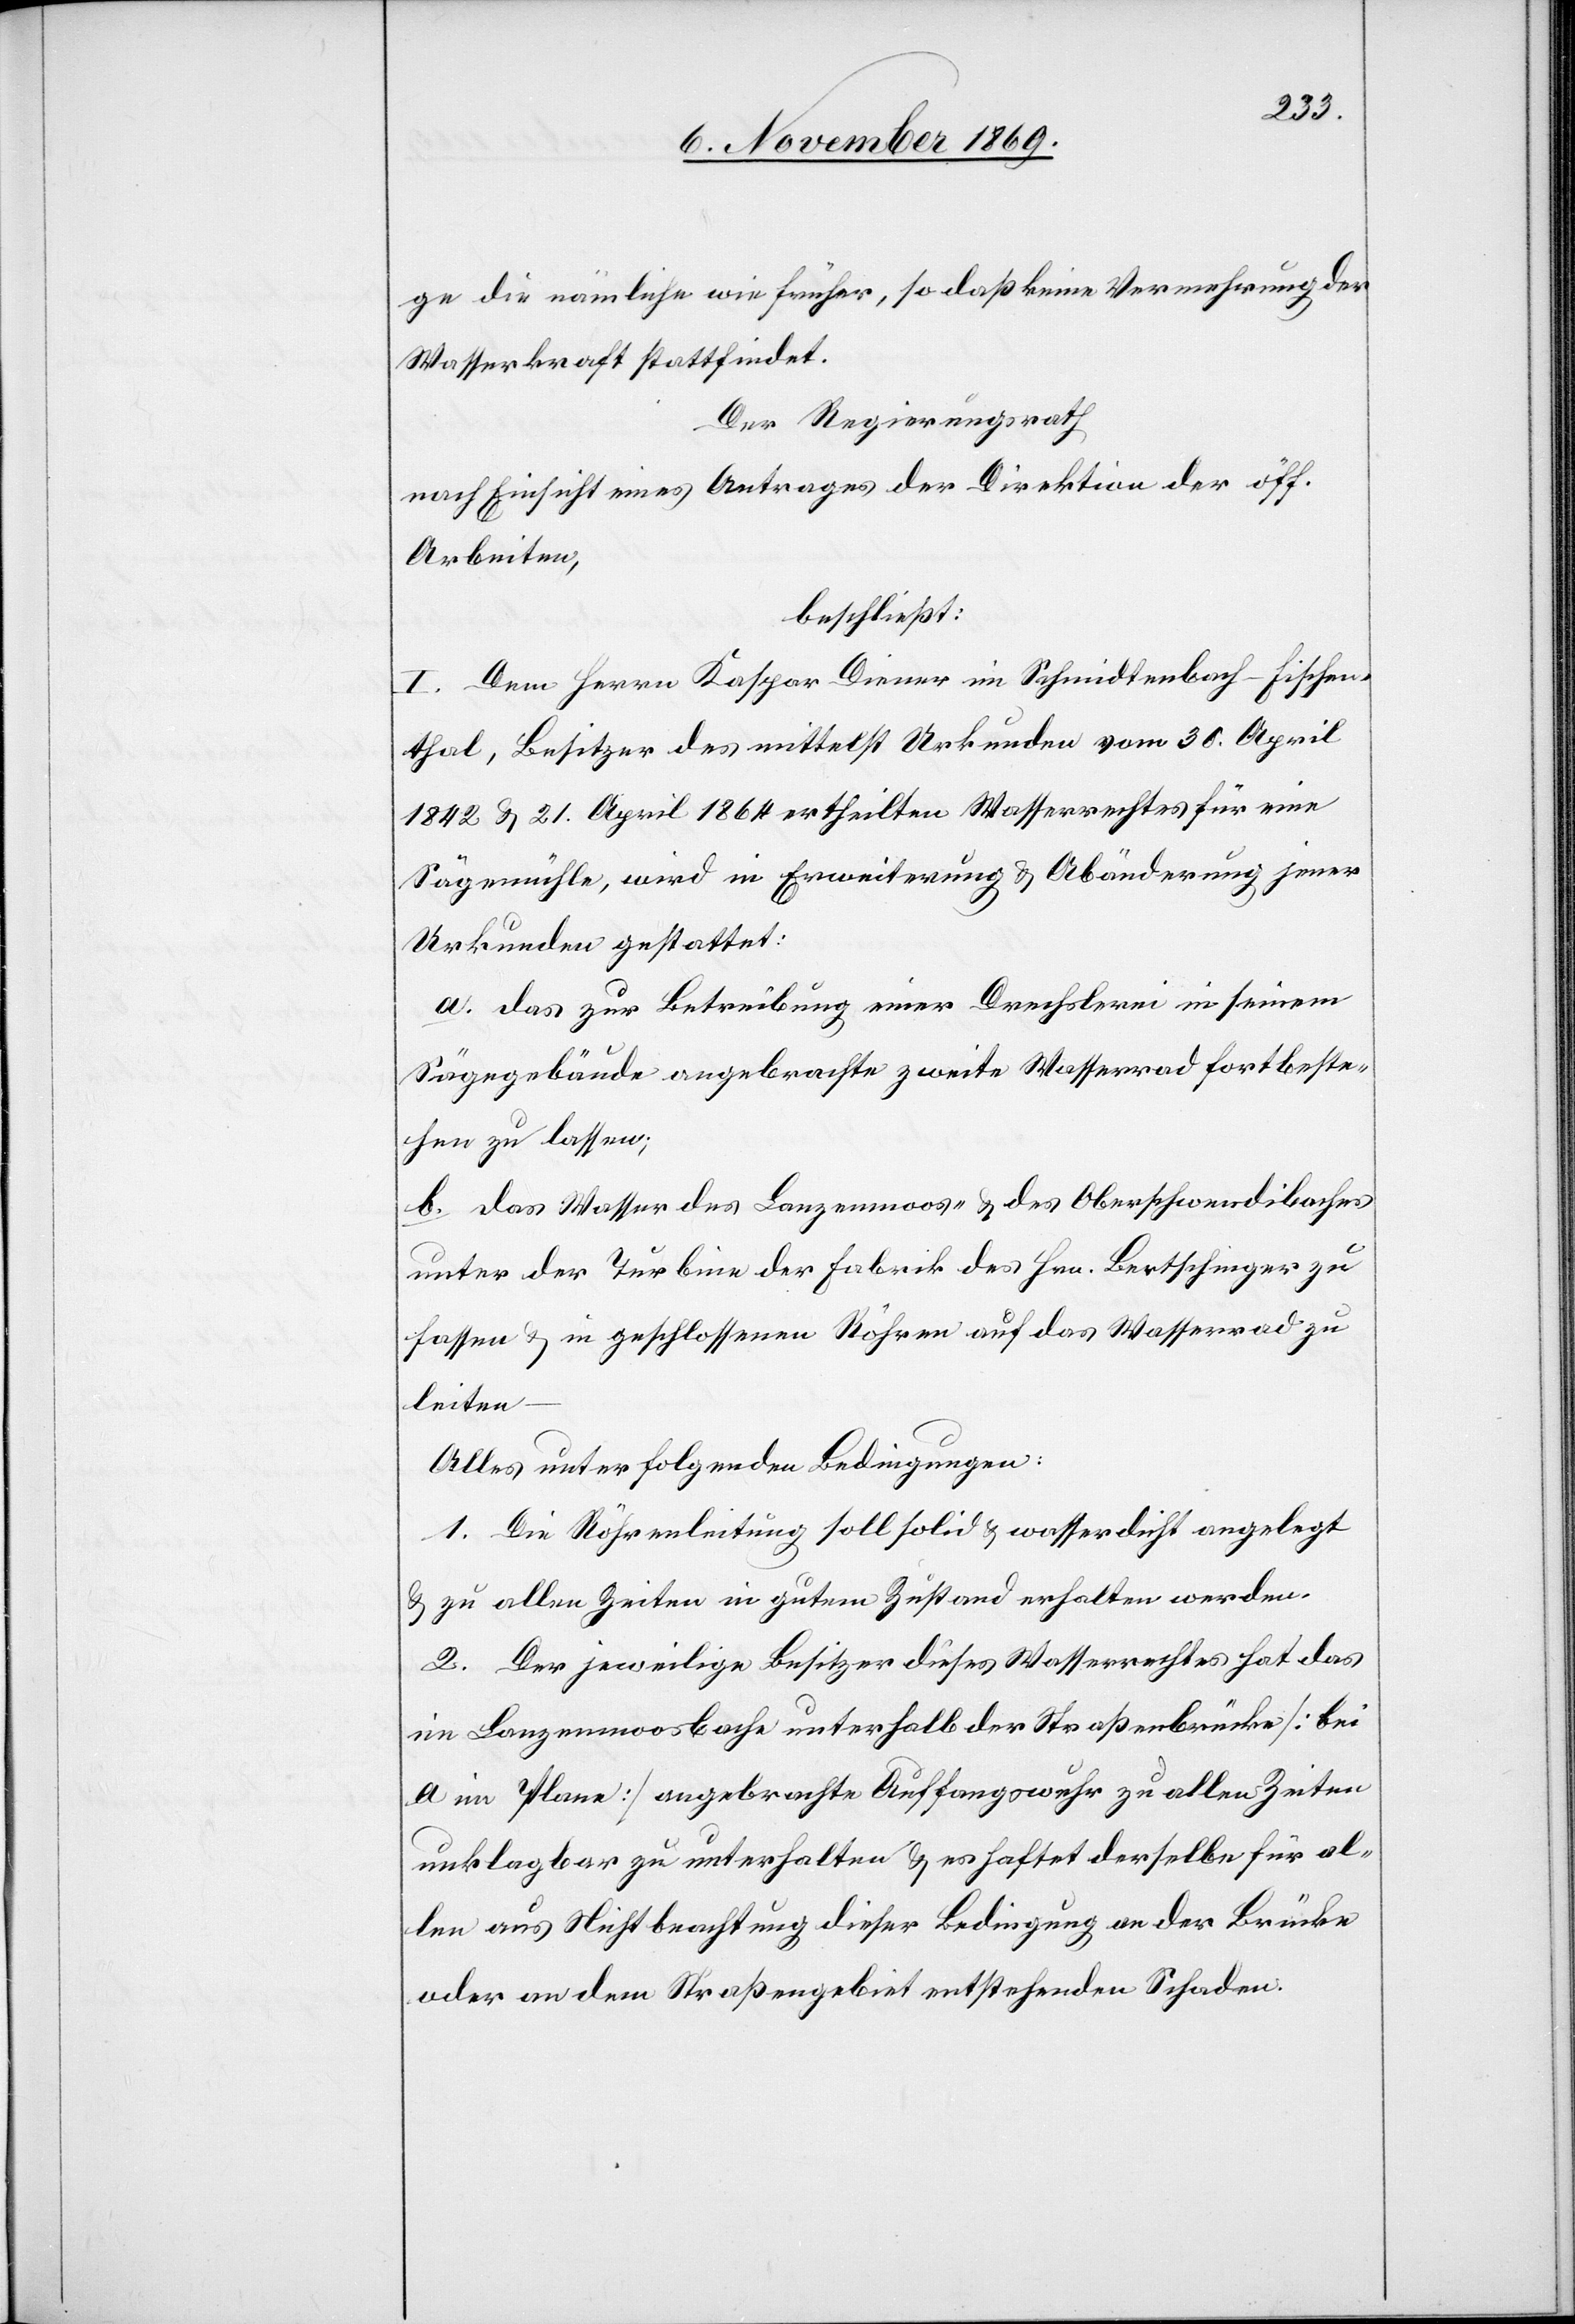
ge die nämliche wie früher, so daß keine Vermehrung der
Wasserkraft stattfindet.
Der Regierungsrath
nach Einsicht eines Antrages der Direktion der öff.
Arbeiten,
beschließt:
I. Dem Herrn Kaspar Diener im Schmidtenbach - Fischen¬
thal, Besitzer des mittelst Urkunden vom 30. April
1842 & 21. April 1864 ertheilten Wasserrechtes für eine
Sägemühle, wird in Erweiterung & Abänderung jener
Urkunden gestattet:
a. das zur Betreibung einer Drechslerei in seinem
Sägegebäude angebrachte zweite Wasserrad fortbeste¬
hen zu lassen;
b. das Wasser des Lanzenmoos- & des Oberschwendibaches
unter der Turbine der Fabrik des Hrn. Bertschinger zu
fassen & in geschlossenen Röhren auf das Wasserrad zu
leiten –
Alles unter folgenden Bedingungen:
1. Die Röhrenleitung soll solid & wasserdicht angelegt
& zu allen Zeiten in gutem Zustand erhalten werden.
2. Der jeweilige Besitzer dieses Wasserrechtes hat das
im Lanzenmoosbache unterhalb der Straßenbrücke [bei
a im Plane] angebrachte Auffangswuhr zu allen Zeiten
unklagbar zu unterhalten & es haftet derselbe für al¬
len aus Nichtbeachtung dieser Bedingung an der Brücke
oder an dem Straßengebiet entstehenden Schaden.